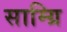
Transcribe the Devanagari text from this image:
साम्ग्रि